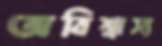
অবিশ্বাস্য